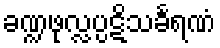
ခဏ္ဍဖုလ္လပ္ပဋိသင်္ခရဏံ